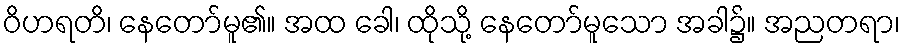
ဝိဟရတိ၊ နေတော်မူ၏။ အထ ခေါ၊ ထိုသို့ နေတော်မူသော အခါ၌။ အညတရာ၊